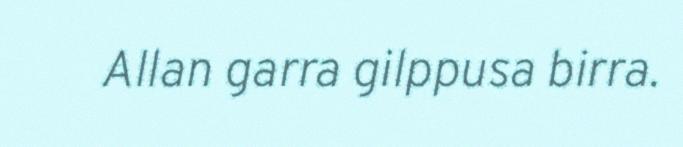
Allan garra gilppusa birra.